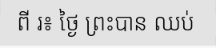
ពី រ៖ ថ្ងៃ ព្រះបាន ឈប់